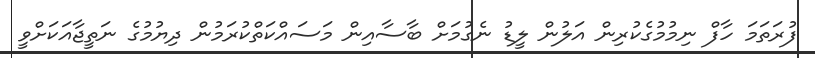
ފުރަތަމަ ހާފް ނިމުމުގެކުރިން އަލުން ލީޑު ނެގުމަށް ބާސާއިން މަސައްކަތްކުރަމުން ދިޔުމުގެ ނަތީޖާއަކަށްވީ